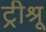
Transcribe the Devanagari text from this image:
ट्रीश्रू